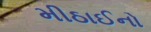
મીઠાઈનો